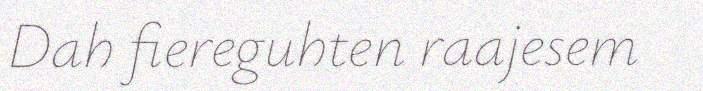
Dah fiereguhten raajesem